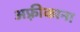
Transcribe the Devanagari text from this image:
अफ़्रीकाना